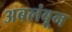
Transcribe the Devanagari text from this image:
अबलंबून